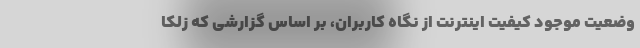
وضعیت موجود کیفیت اینترنت از نگاه کاربران، بر اساس گزارشی که زلکا